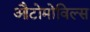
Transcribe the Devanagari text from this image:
औटोमोविल्स